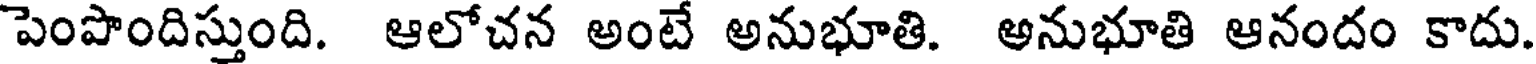
పెంపొందిస్తుంది. ఆలోచన అంటే అనుభూతి. అనుభూతి ఆనందం కాదు.